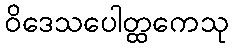
ဝိဒေသပေါတ္ထကေသု